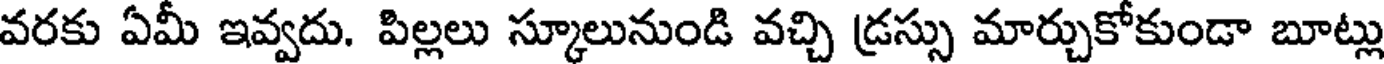
వరకు ఏమీ ఇవ్వదు. పిల్లలు స్కూలునుండి వచ్చి డ్రస్సు మార్చుకోకుండా బూట్లు